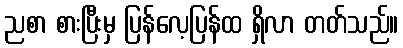
ညစာ စားပြီးမှ ပြန်လေ့ပြန်ထ ရှိလာ တတ်သည်။